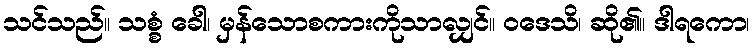
သင်သည်။ သစ္စံ ခေါ၊ မှန်သောစကားကိုသာလျှင်။ ဝဒေသိ၊ ဆို၏။ ဒါရကော၊